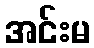
အင်းမ